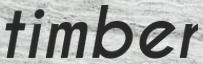
timber